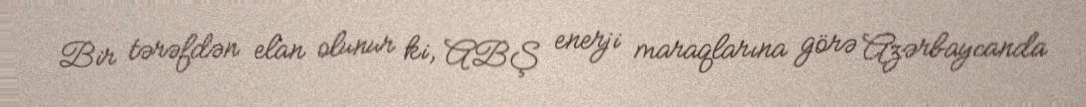
Bir tərəfdən elan olunur ki, ABŞ enerji maraqlarına görə Azərbaycanda